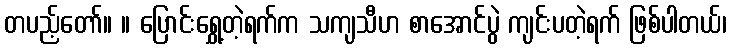
တပည့်တော်။ ။ ပြောင်းရွှေ့တဲ့ရက်က သကျသီဟ စာအောင်ပွဲ ကျင်းပတဲ့ရက် ဖြစ်ပါတယ်၊